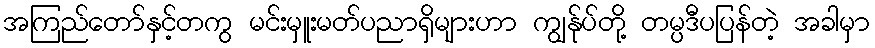
အကြည်တော်နှင့်တကွ မင်းမှူးမတ်ပညာရှိများဟာ ကျွန်ုပ်တို့ တမ္ပဒီပပြန်တဲ့ အခါမှာ